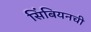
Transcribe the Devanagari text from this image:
सिंबियनची